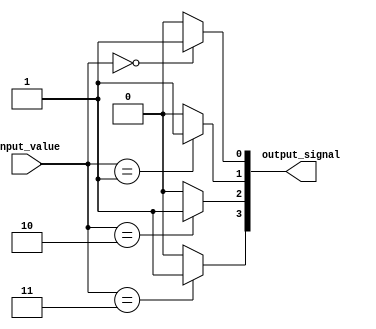
module Decoder2to4(input [1:0] input_value, output [3:0] output_signal);

    assign output_signal[0] = (input_value == 2'b00) ? 1'b1 : 1'b0;
    assign output_signal[1] = (input_value == 2'b01) ? 1'b1 : 1'b0;
    assign output_signal[2] = (input_value == 2'b10) ? 1'b1 : 1'b0;
    assign output_signal[3] = (input_value == 2'b11) ? 1'b1 : 1'b0;

endmodule